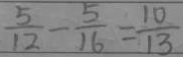
\frac { 5 } { 1 2 } - \frac { 5 } { 1 6 } = \frac { 1 0 } { 1 3 }